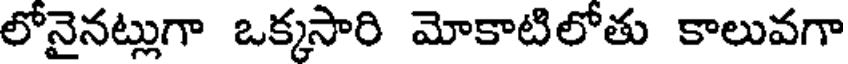
లోనైనట్లుగా ఒక్కసారి మోకాటిలోతు కాలువగా